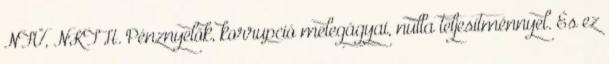
NFÜ, NKTH. Pénznyelők, korrupció melegágyai, nulla teljesítménnyel. És ez